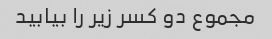
مجموع دو کسر زیر را بیابید